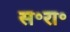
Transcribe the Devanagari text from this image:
स॰रा॰